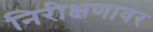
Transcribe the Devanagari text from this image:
निरीक्षणावर